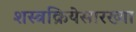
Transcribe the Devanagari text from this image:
शस्त्रक्रियेसारख्या